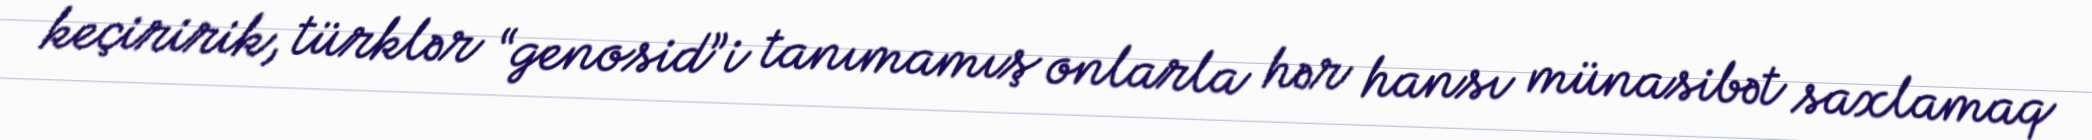
keçiririk, türklər “genosid”i tanımamış onlarla hər hansı münasibət saxlamaq